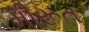
મીરૂત